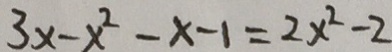
3 x - x ^ { 2 } - x - 1 = 2 x ^ { 2 } - 2